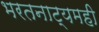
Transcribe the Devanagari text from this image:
भरतनाट्यमही